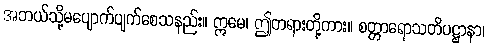
အဘယ်သို့မပျောက်ပျက်စေသနည်း။ ဣမေ၊ ဤတရားတို့ကား။ စတ္တာရောသတိပဋ္ဌာနာ၊